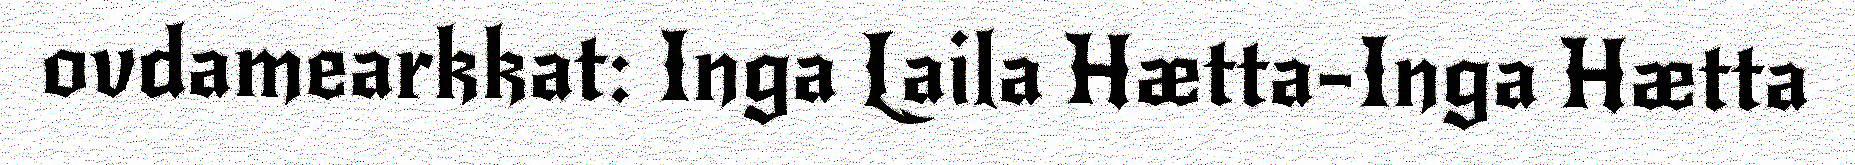
ovdamearkkat: Inga Laila Hætta-Inga Hætta